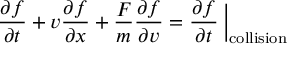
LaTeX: { \frac { \partial f } { \partial t } } + v { \frac { \partial f } { \partial x } } + { \frac { F } { m } } { \frac { \partial f } { \partial v } } = { \frac { \partial f } { \partial t } } \left. { \! \! { \frac { } { } } } \right| _ { \mathrm { c o l l i s i o n } }